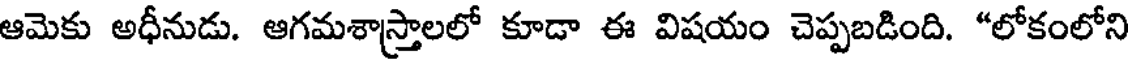
ఆమెకు అధీనుడు. ఆగమశాస్తాలలో కూడా ఈ విషయం చెప్పబడింది. "లోకంలోని